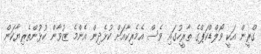
ގްރީން އަކީ ވޯލްޑްކަޕްގެ ތާރީހުގައި ވެސް އެމެރިކާއަށް ކުޅެދިން އެންމެ ޒުވާން ކުޅުންތެރިޔާކަން